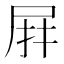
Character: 𭕙